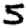
Digit: 5